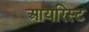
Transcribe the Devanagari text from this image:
आयरिस्ट